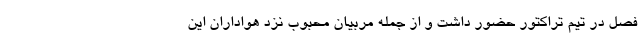
فصل در تیم تراکتور حضور داشت و از جمله مربیان محبوب نزد هواداران این